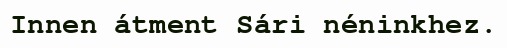
Innen átment Sári néninkhez.